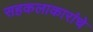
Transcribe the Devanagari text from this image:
सहकलाकारांचे